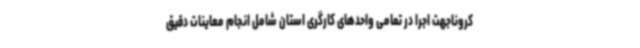
کروناجهت اجرا در تمامی واحدهای کارگری استان شامل انجام معاینات دقیق